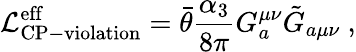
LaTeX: {\cal{L}}_{\mathrm{CP-violation}}^{\mathrm{eff}}=\bar{\theta}\frac{\alpha_{3}}{8\pi}G_{a}^{\mu\nu}\tilde{G}_{a\mu\nu}~,